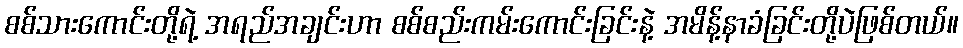
စစ်သားကောင်းတို့ရဲ့ အရည်အချင်းဟာ စစ်စည်းကမ်းကောင်းခြင်းနဲ့ အမိန့်နာခံခြင်းတို့ပဲဖြစ်တယ်။